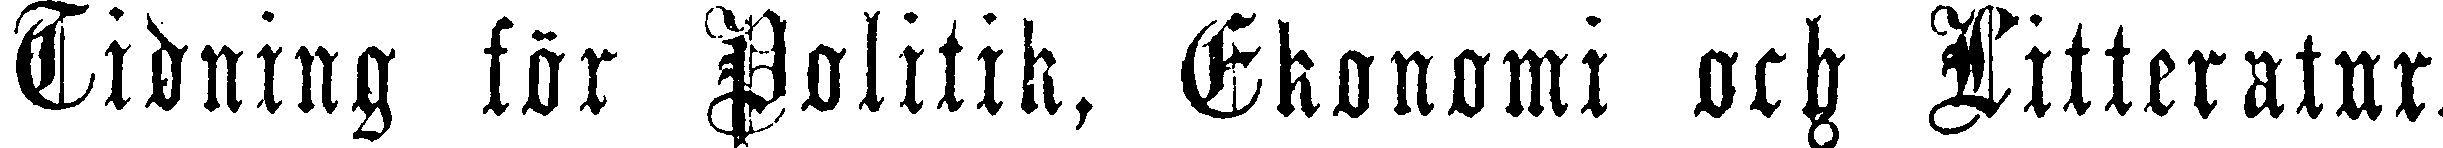
Tidning för Politik, Ekonomi och Litteratur.